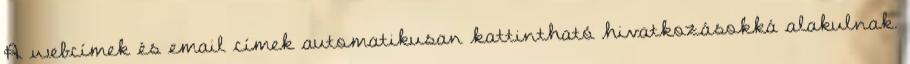
A webcímek és email címek automatikusan kattintható hivatkozásokká alakulnak.